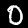
Label: 0